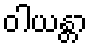
ဝါယန္တာ